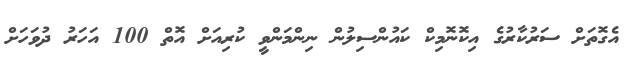
އެގޮތަށް ސަރުކާރުގެ އިކޮނޮމިކް ކައުންސިލުން ނިންމަންވީ ކުރިއަށް އޮތް 100 އަހަރު ދުވަހަށް